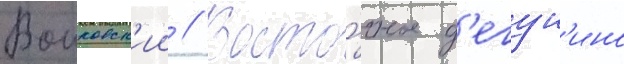
Воиковск'ии // Восто́чное д'егун'ино